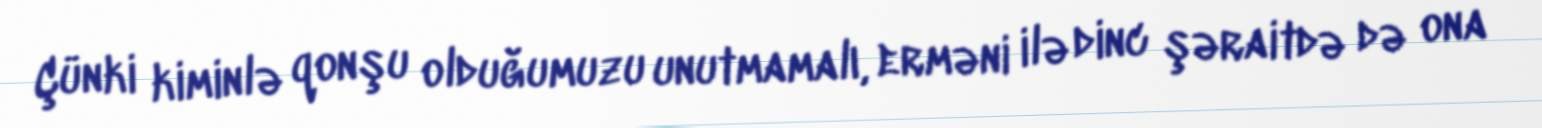
Çünki kiminlə qonşu olduğumuzu unutmamalı, erməni ilə dinc şəraitdə də ona